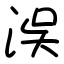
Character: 洖